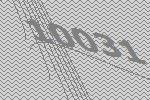
10031